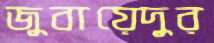
জুবায়েদুর